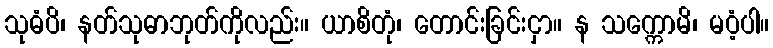
သုဓံပိ၊ နတ်သုဓာဘုတ်ကိုလည်း။ ယာစိတုံ၊ တောင်းခြင်းငှာ။ န သက္ကောမိ၊ မဝံ့ပါ။